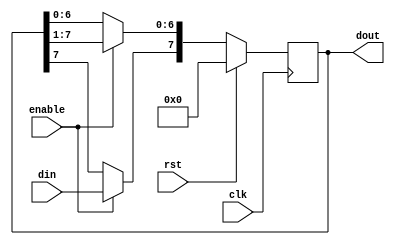
module sipo(dout, din, enable, clk, rst);
	input din, clk, rst, enable;
	output reg [7:0] dout;
	always@(posedge clk) begin
		if(rst) begin
			dout <= 0;
		end
		else if(enable)begin
			dout = dout>>1;
			dout[7] = din;
		end
	end
endmodule